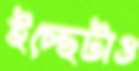
ইচ্ছেটাও